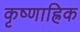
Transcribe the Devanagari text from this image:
कृष्णाह्रिक